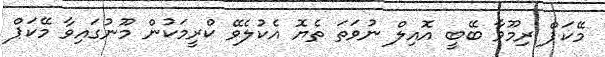
މޭކަޕް ރިމޫވާ ބޭބީ އޮއިލް ނުވަތަ ތެޔޮ އެކުލެވޭ ކްރީމަކުން މޫނުގައިވާ މޭކަޕް